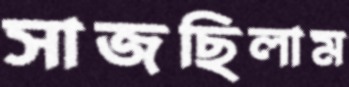
সাজছিলাম